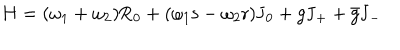
H = ( \omega _ { 1 } + \omega _ { 2 } ) \mathrm { R _ { 0 } + ( \ o m e g a _ { 1 } s - \ o m e g a _ { 2 } r ) \mathrm { J _ { 0 } + g \mathrm { J _ { + } + \bar { g } \mathrm { J _ { - } } } } }